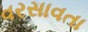
વરસાવતા